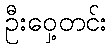
ဦးဝှေ့တင်း